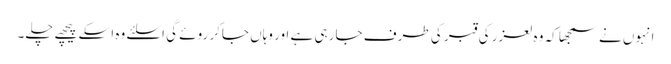
انہوں نے سمجھا کہ وہ لعزر کی قبر کی طرف جا رہی ہے اور وہاں جاکر روئے گی اسلئے وہ اسکے پیچھے چلے۔